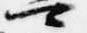
可